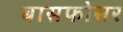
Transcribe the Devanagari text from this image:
बासफोसर